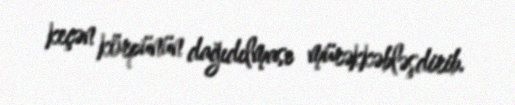
keçən körpünün dağıdılması mürəkkəbləşdirib.